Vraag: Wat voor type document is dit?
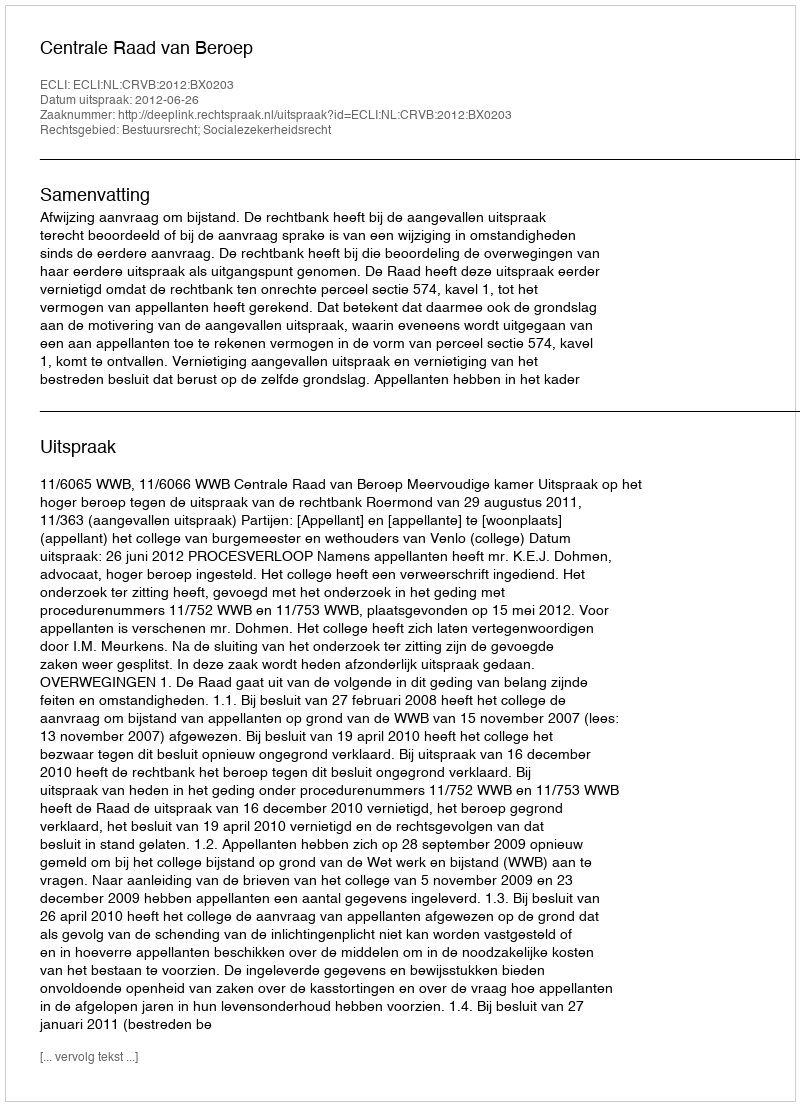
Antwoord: Uitspraak